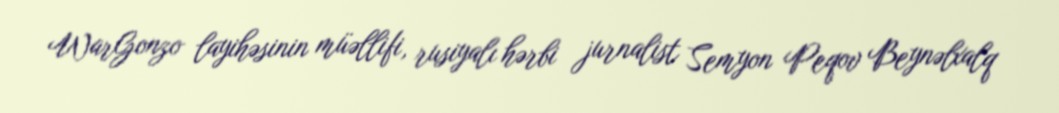
WarGonzo layihəsinin müəllifi, rusiyalı hərbi jurnalist Semyon Peqov Beynəlxalq